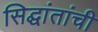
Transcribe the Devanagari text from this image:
सिद्घांतांची